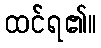
ထင်ရ၏။